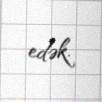
edək.